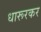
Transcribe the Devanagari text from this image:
धारूरकर